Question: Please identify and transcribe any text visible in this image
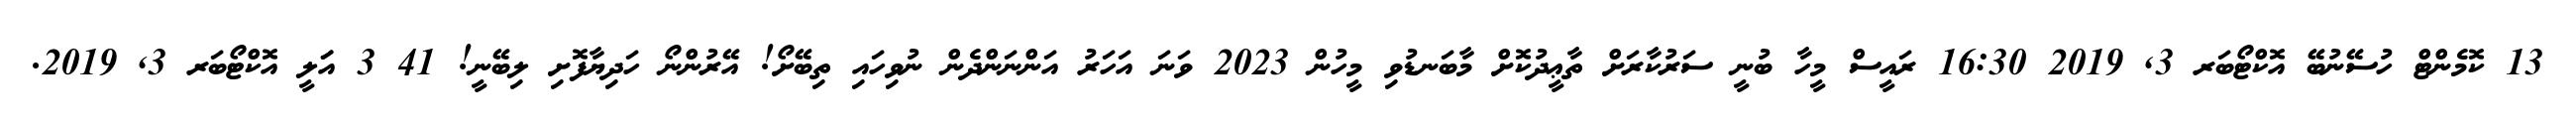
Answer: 13 ކޮމެންޓް ހުސޭނުބޭ އޮކްޓޯބަރ 3, 2019 16:30 ރައީސް މީހާ ބުނީ ސަރުކާރަށް ތާޢީދުކޮށް މާބަނޑުވި މީހުން 2023 ވަނަ އަހަރު އަންނަންދެން ނުވިހައި ތިބޭށޯ! އޭރުންނޯ ހަދިޔާފޮށި ލިބޭނީ! 41 3 އަަލީ އޮކްޓޯބަރ 3, 2019.